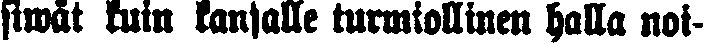
siwät kuin kansalle turmiollinen halla noi-